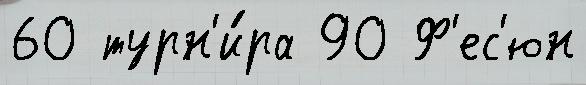
60 турн'и́ра 90 Ф'ес'юн